Indian journal of veterinary science and animal husbandry - Volume 3,
Year: 1933
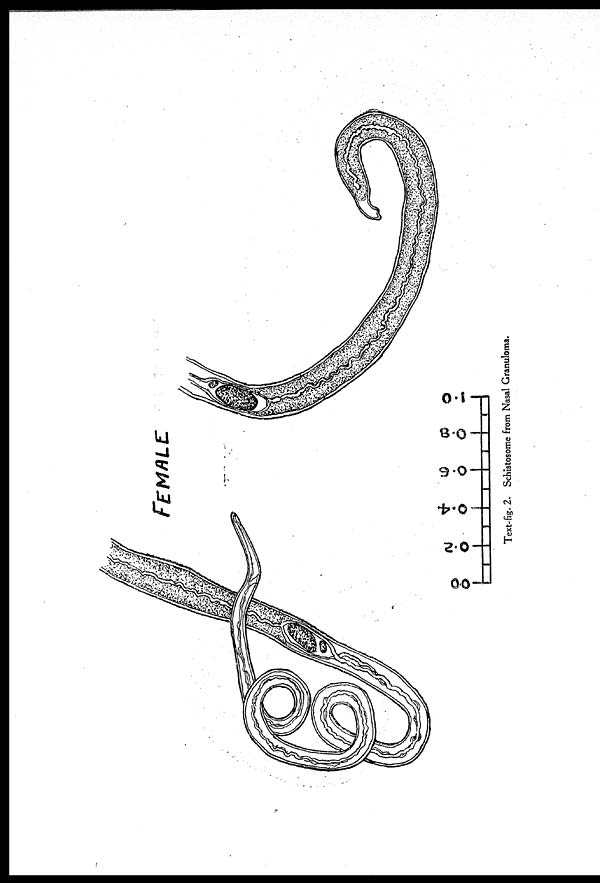
FEMALE
Text-fig. 2. Schistosome from Nasal Granuloma.